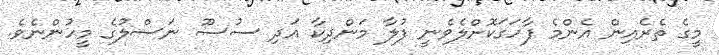
މީގެ ތެރެއިން އެންމެ ފާހަގަކޮށްލެވެނީ ފުލާ މަންދިކާ އަދި ސުސޫ ނަސްލުގެ މީހުންނެވެ.